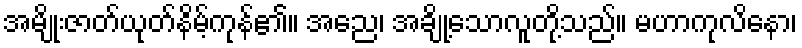
အမျိုးဇာတ်ယုတ်နိမ့်ကုန်၏။ အညေ၊ အချို့သောလူတို့သည်။ မဟာကုလိနော၊